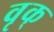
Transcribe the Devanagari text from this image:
वृक्